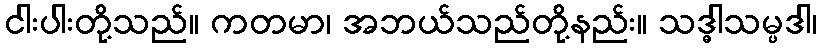
ငါးပါးတို့သည်။ ကတမာ၊ အဘယ်သည်တို့နည်း။ သဒ္ဓါသမ္ပဒါ၊